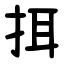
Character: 挕